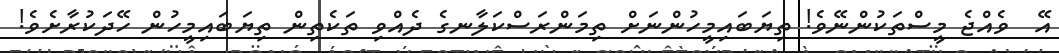
އޭ  ވެއްޖެ މީސްތަކުންނޭވެ! ތިޔަބައިމީހުންނަށް ތިމަންރަސްކަލާނގެ ދެއްވި ތަކެތިން ތިޔަބައިމީހުން ހޭދަކުރާށެވެ!